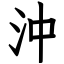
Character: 沖